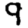
Digit: 9